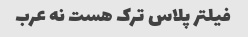
فیلتر پلاس ترک هست نه عرب